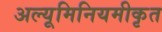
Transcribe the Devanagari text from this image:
अल्यूमिनियमीकृत